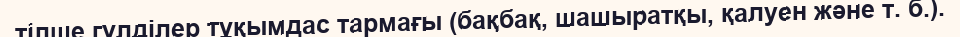
тілше гүлділер тұқымдас тармағы (бақбақ, шашыратқы, қалуен және т. б.).